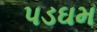
પડઘમ